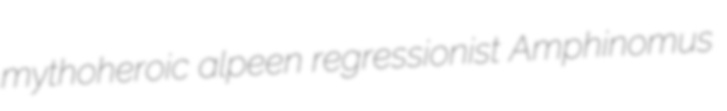
mythoheroic alpeen regressionist Amphinomus